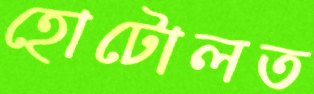
হোটোলত